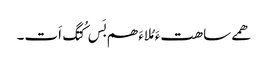
ھمے ساھتءَ مُلاءَ ھم بَس کُتگ اَت۔